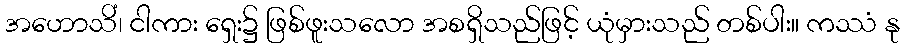
အဟောသိံ၊ ငါကား ရှေး၌ ဖြစ်ဖူးသလော အစရှိသည်ဖြင့် ယုံမှားသည် တစ်ပါး။ ကဿံ နု